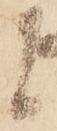
候